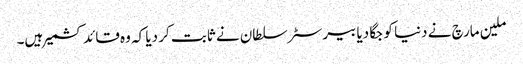
ملین مارچ نے دنیا کو جگا دیا بیرسٹر سلطان نے ثابت کر دیا کہ وہ قائد کشمیر ہیں۔